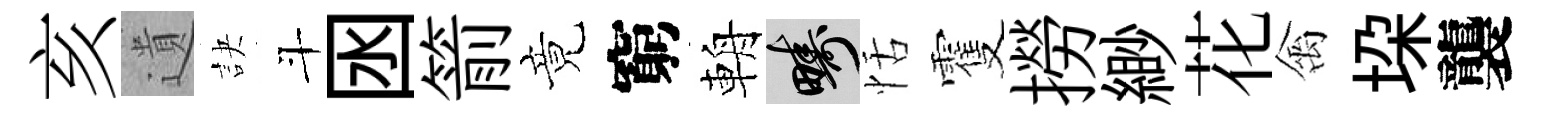
亥遺訣斗囦箭竟窮輈疇恬䨥撈緲花禽垜襲